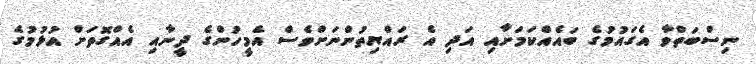
ނިސްބަތްވާ އެގައުމުގެ ބައެއްކަމަށާއި އަދި އެ ރައްޔިތުންނަށްވެސް އެމީހުންގެ ދީނާއި އެއްގޮތަށް އުޅުމުގެ